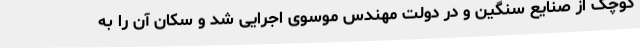
کوچک از صنایع سنگین و در دولت مهندس موسوی اجرایی شد و سکان آن را به